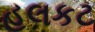
હલકટ